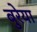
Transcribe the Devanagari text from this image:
बुरेया